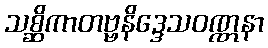
သစ္ဆိကာတဗ္ဗနိဒ္ဒေသဝဏ္ဏနာ